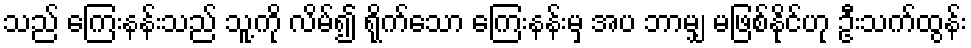
သည် ကြေးနန်းသည် သူ့ကို လိမ်၍ ရိုက်သော ကြေးနန်းမှ အပ ဘာမျှ မဖြစ်နိုင်ဟု ဦးသက်ထွန်း